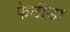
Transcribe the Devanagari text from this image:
फेटीडा